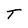
Character: T